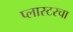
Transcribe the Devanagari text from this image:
प्लास्टरचा